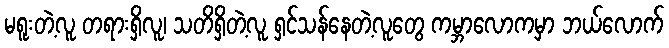
မရူးတဲ့လူ တရားရှိလူ၊ သတိရှိတဲ့လူ ရှင်သန်နေတဲ့လူတွေ ကမ္ဘာလောကမှာ ဘယ်လောက်